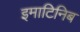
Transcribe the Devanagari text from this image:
इमाटिनिब